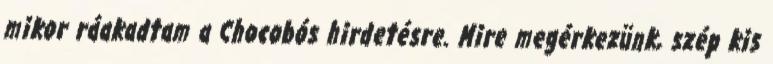
mikor ráakadtam a Chocobós hirdetésre. Mire megérkezünk, szép kis